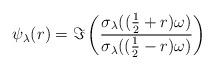
LaTeX: \begin{align*}\psi_\lambda(r) = \Im\left(\frac{\sigma_\lambda((\frac12+r)\omega)}{\sigma_\lambda((\frac12-r)\omega)}\right)\end{align*}